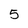
Character: 5